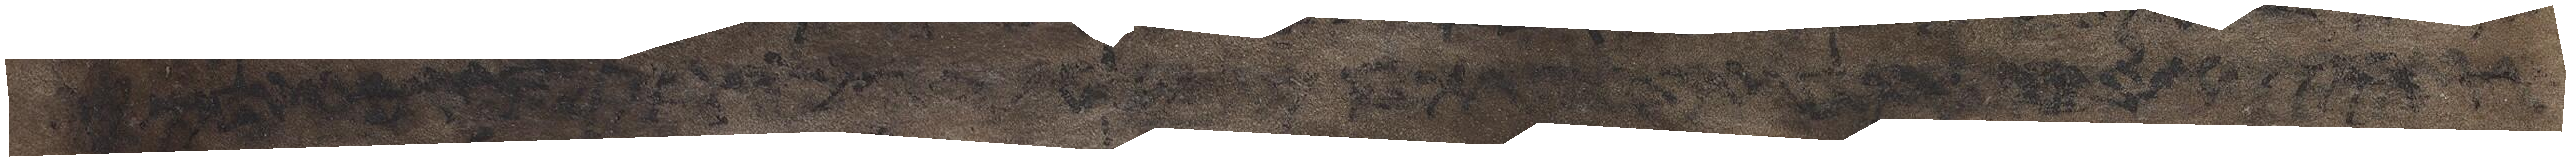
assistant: אלהים אל משה אהיה אשר אהיה ויאמר כה